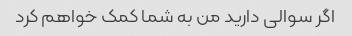
اگر سوالی دارید من به شما کمک خواهم کرد